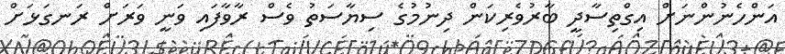
އަންހެނުންނަށް އިގްތިސާދީ ބާރުވެރިކަން ދިނުމުގެ ސިޔާސަތު ވެސް ރާވާފައި ވަނީ ވަރަށް ރަނގަޅަށް